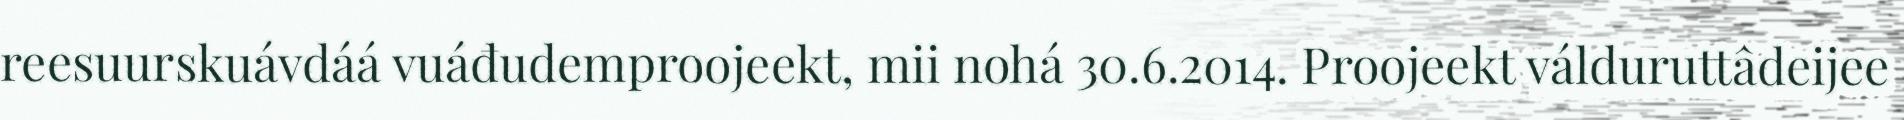
reesuurskuávdáá vuáđudemproojeekt, mii nohá 30.6.2014. Proojeekt válduruttâdeijee